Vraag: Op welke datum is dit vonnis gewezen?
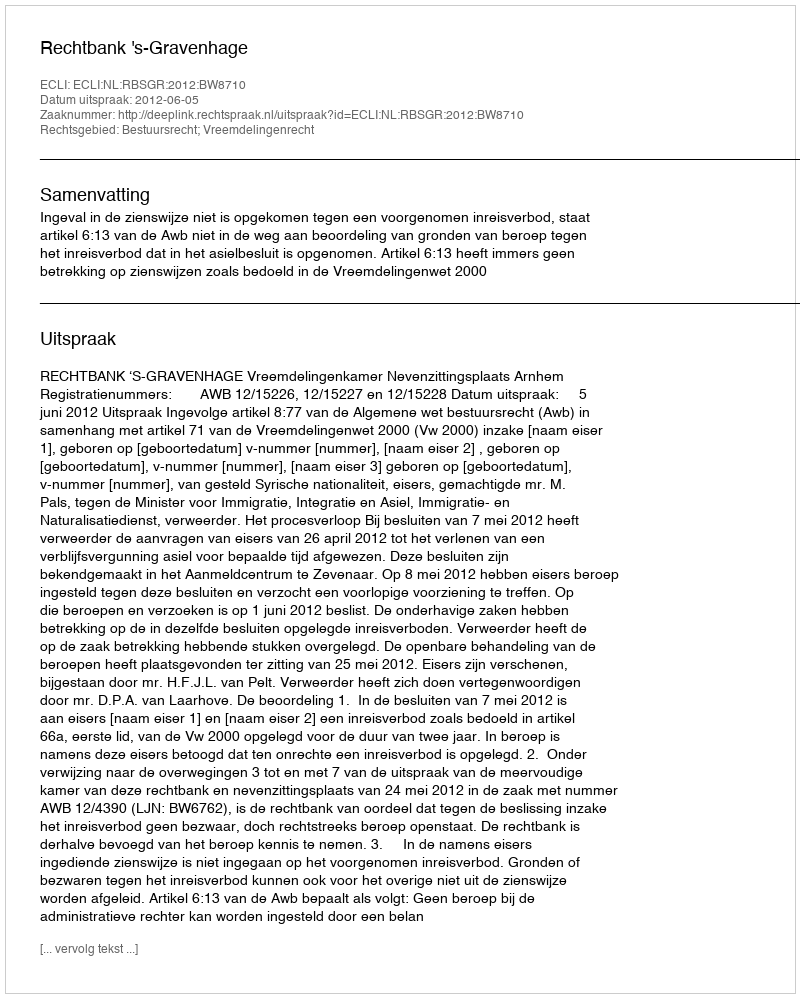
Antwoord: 2012-06-05